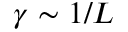
\gamma \sim 1 / L